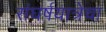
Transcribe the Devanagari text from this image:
संघर्षयात्रेचा